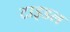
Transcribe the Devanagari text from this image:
टाइडल